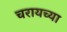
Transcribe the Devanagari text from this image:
चरायच्या